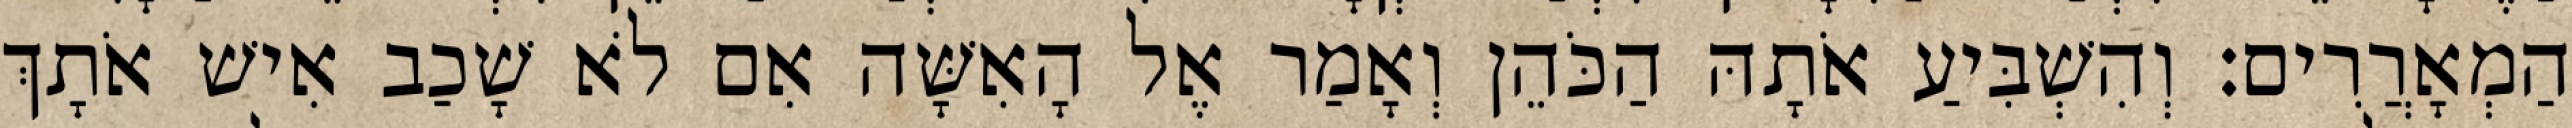
הַמְאָרֲרִים׃ וְהִשְׁבִּיעַ אֹתָהּ הַכֹּהֵן וְאָמַר אֶל הָאִשָּׁה אִם לֹא שָׁכַב אִישׁ אֹתָךְ